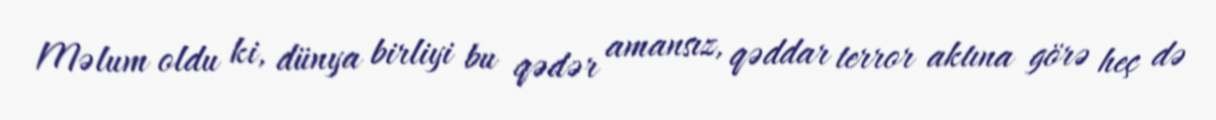
Məlum oldu ki, dünya birliyi bu qədər amansız, qəddar terror aktına görə heç də